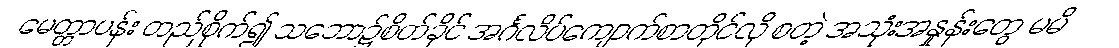
မေတ္တာပန်း တည်စိုက်၍ သဘော၌စိတ်ခိုင် အင်္ဂလိပ်ကျောက်စာတိုင်လို စတဲ့ အသုံးအနှုန်းတွေ မမိ